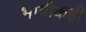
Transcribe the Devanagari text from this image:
भाषीकही